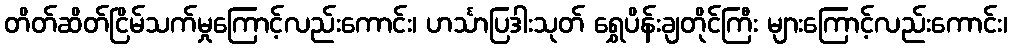
တိတ်ဆိတ်ငြိမ်သက်မှုကြောင့်လည်းကောင်း၊ ဟင်္သာပြဒါးသုတ် ရွှေပိန်းချတိုင်ကြီး များကြောင့်လည်းကောင်း၊